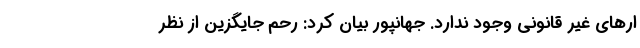
ار‌های غیر قانونی وجود ندارد. جهانپور بیان کرد: رحم جایگزین از نظر